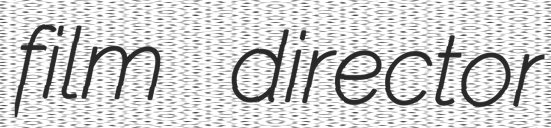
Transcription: film director